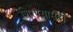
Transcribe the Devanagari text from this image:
शिरण्यासही